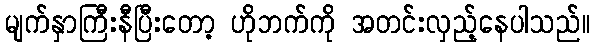
မျက်နှာကြီးနီပြီးတော့ ဟိုဘက်ကို အတင်းလှည့်နေပါသည်။